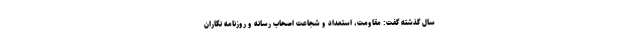
سال گذشته گفت: مقاومت، استعداد و شجاعت اصحاب رسانه و روزنامه نگاران